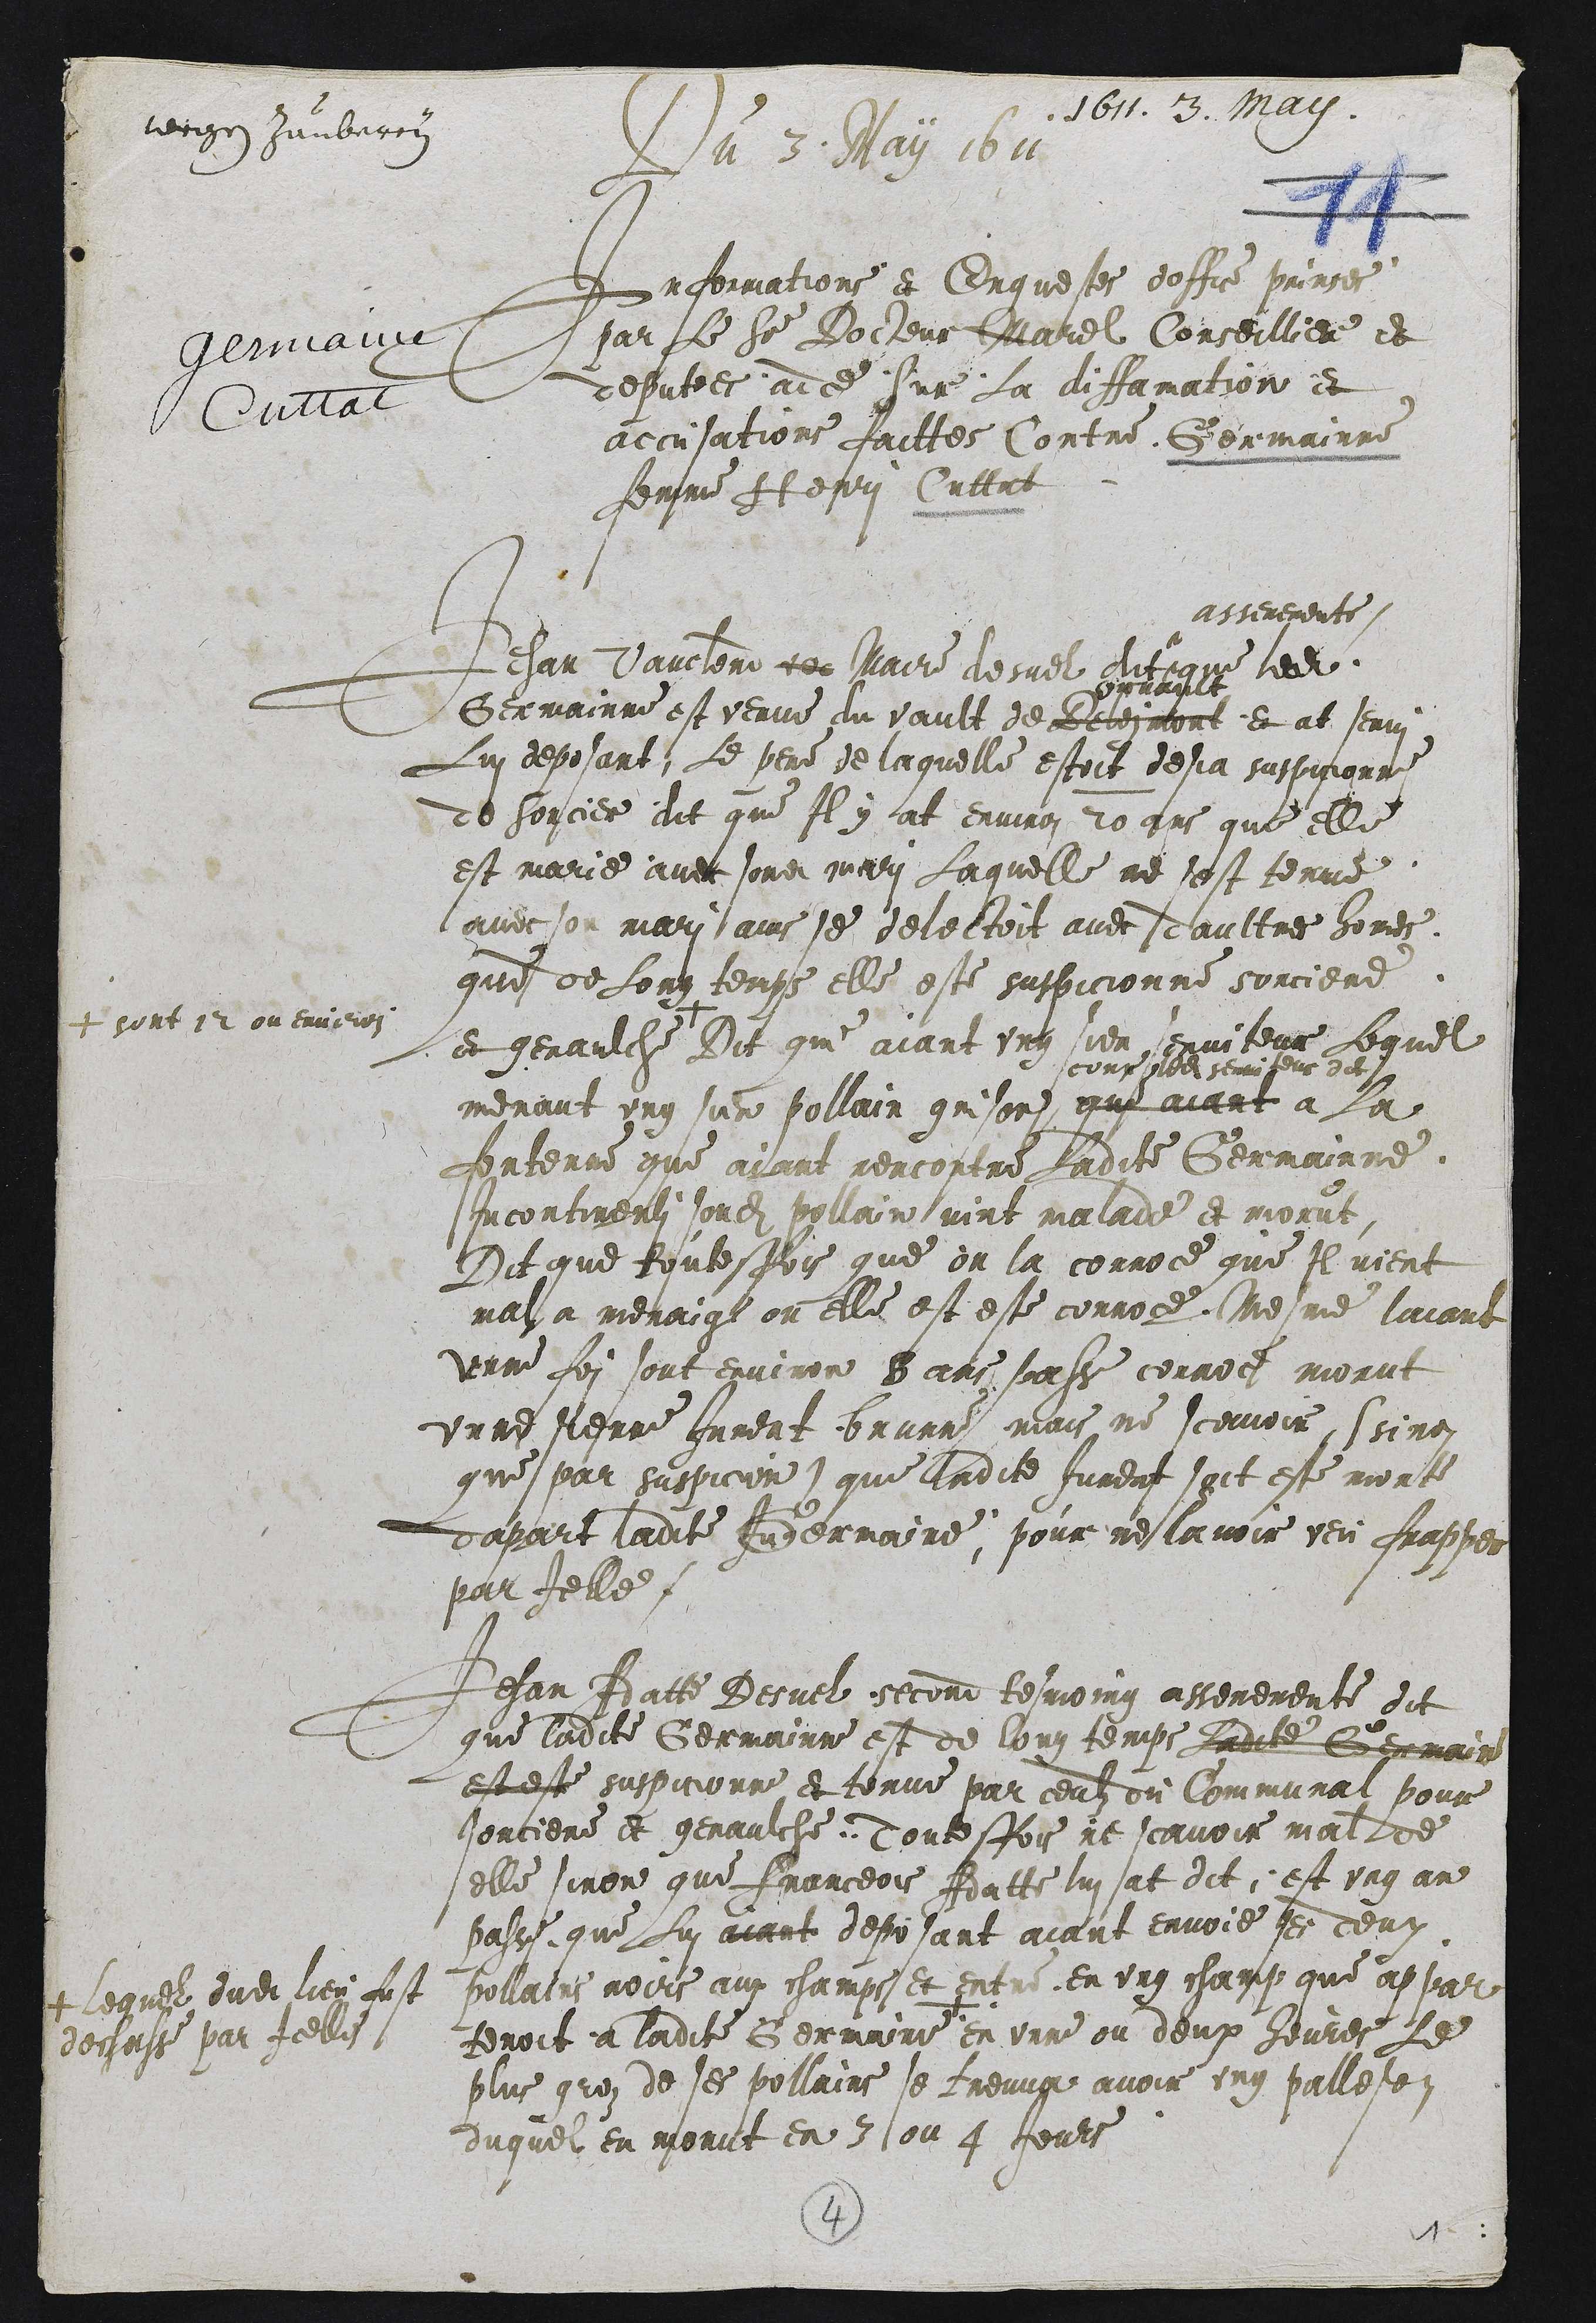
1611. 3. May.
wrgen Zauberey
Genaue
Cultat
Du 3 May 1611
Informations et Enquestes dosfre prinses
par le Sieur Docheur Marel Conseilliere et
deputees adce sur la diffamation et
accusations faittes Contre Germainne
femme Hepri Cuttat

Jehan Vaucteme ter suaire desuel dit
asseremente
que ledit
Germainne est verue du vault de beteratort
pouane
et at serv
Lui deposant, Le pere de laquelle estoit desja suspicionne
de sorcier dit que Il y at environ 20 ans que elle
est marie avec sondit mari laquelle ne sest terue
avec son mari ains se delectoit avec daultres homes
que de long temps elle este suspicionne sorciere
et genaulche
+ sont 12 ou environ
Dit qui aiant ung sien senviteur lequel
menant ung sien pollain grisons,
scoup nour serriteus dit
qulaiant a la
fortenne que avant rencontre Ladite Germainne.
sincontinenti sondit pollainsuint malade et morut
Dit que toutesfois que on la corroce que Il vient
mala menaint ou elle est este corroce Mesme laiant
unne foi sont environ 8 ans sor se cornoi morut
unne Nerre Jument brunni, mais, ne scavoir, ssinon
que par suspicin) que ladite Jurent soit este morte
dapart ladite Gndermaine, pour neslavoir ven fraper
par Ielle.

Jehan Batte Desuel second tesmoing asseremente dit
que ladite Germainne est de long temps Ladite Germain
est este suspicionne et tonue par ceulz ou communai pour
sortiere et genaulche, Toutesfois ne scavoir mal de
elle sinon que Franceois Adatte lui at dit, est ung an
passe que Lui aiant deposant aiant envoie ses deux
pollatie voirs aux champs et ent en ung champ que appar
tenoit a ladite Germaine +
+ lequel dudit lieu fust
degasse par Icelles
en unne ou deux heures le
plus groz de ses pollains se treuva avoir ung palleson
duquel en morut en 3 ou 4 Jours

4
1